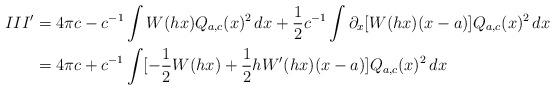
LaTeX: \begin{align*}\begin{aligned}III' &= 4\pi c - c^{-1} \int W(hx) Q_{a, c}(x)^2 \, dx + \frac12 c^{-1}\int \partial_x[ W(hx) (x-a) ] Q_{a, c}(x)^2 \, dx \\&= 4 \pi c + c^{-1} \int [-\frac12 W(hx) + \frac12 hW'(hx)(x-a)] Q_{a, c}(x)^2 \, dx\end{aligned}\end{align*}